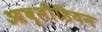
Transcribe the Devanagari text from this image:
आब्सीडियन